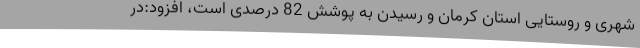
شهری و روستایی استان کرمان و رسیدن به پوشش 82 درصدی است، افزود:در